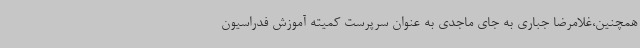
همچنین،غلامرضا جباری به جای ماجدی به عنوان سرپرست کمیته آموزش فدراسیون